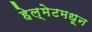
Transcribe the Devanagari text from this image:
हेल्मेटमधून